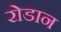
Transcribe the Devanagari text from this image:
रोडान